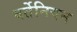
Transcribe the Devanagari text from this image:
वर्तेनियन